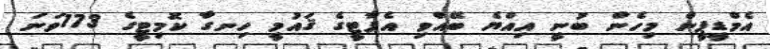
އެމްޑީޕީން މިހެން ބުނީ އިއްޔެ ބޭއްވި އެޕާޓީގެ ޤައުމީ ހިނގާ ކޮމިޓީގެ 173ވަނަ